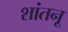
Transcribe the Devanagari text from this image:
शांतनू